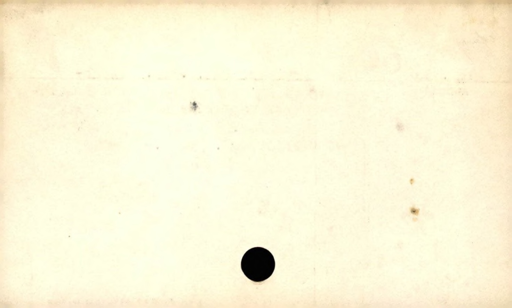
Label: blank